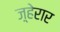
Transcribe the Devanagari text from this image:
ज़्हेरार